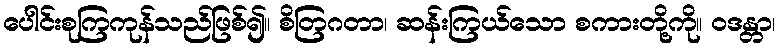
ပေါင်းစုကြကုန်သည်ဖြစ်၍။ စိတြဂတာ၊ ဆန်းကြယ်သော စကားတို့ကို။ ဝဒန္တာ၊